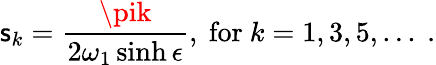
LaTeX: \mathsf{s}_{k}=\frac{{\pik}}{{2\omega_{1}\sinh\epsilon}},~\mathrm{{for}}~k=1,3,5,...~.